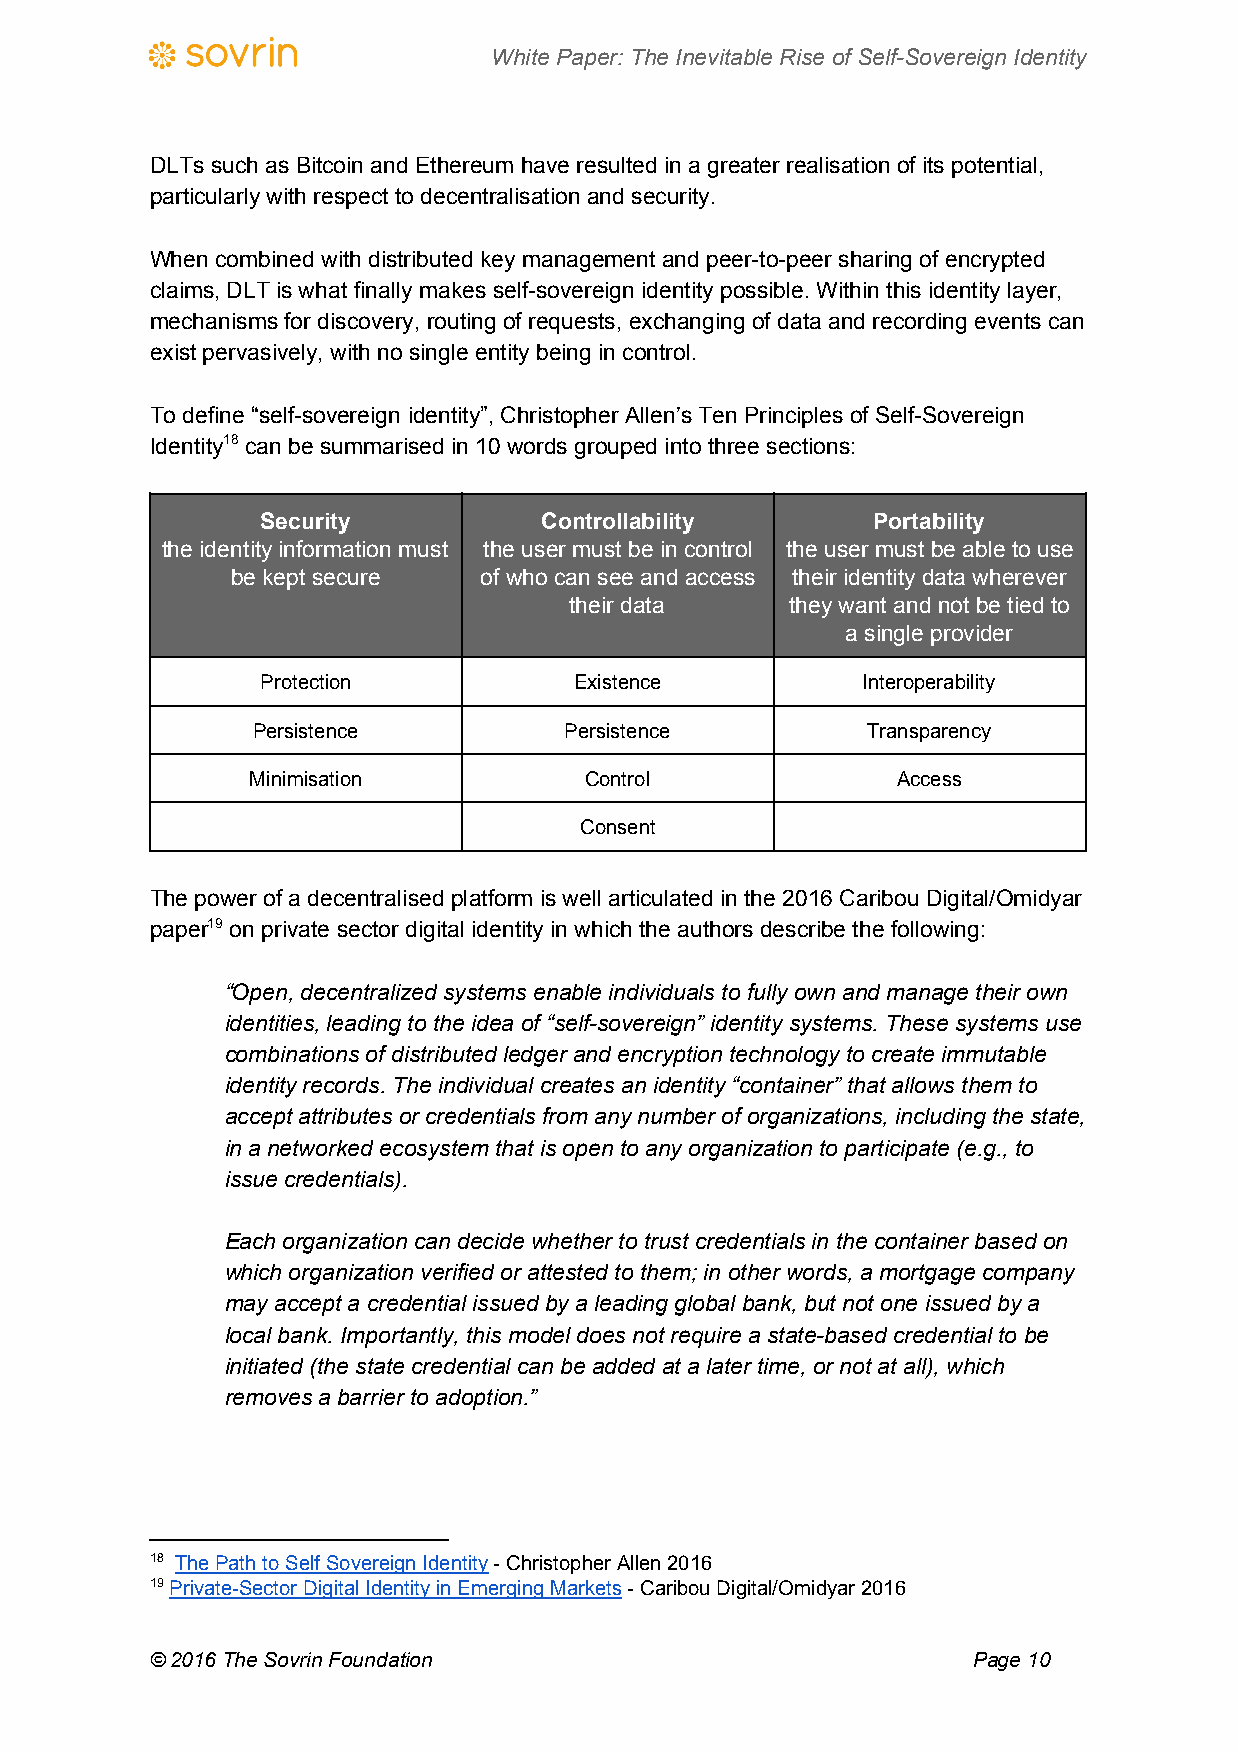
White Paper: The Inevitable Rise of Self-Sovereign Identity
 DLTs such as Bitcoin and Ethereum have resulted in a greater realisation of its potential,
 particularly with respect to decentralisation and security.
 When combined with distributed key management and peer-to-peer sharing of encrypted
 claims, DLT is what finally makes self-sovereign identity possible. Within this identity layer,
 mechanisms for discovery, routing of requests, exchanging of data and recording events can
 exist pervasively, with no single entity being in control.
 To define “self-sovereign identity”, Christopher Allen’s Ten Principles of Self-Sovereign
 Identity18 can be summarised in 10 words grouped into three sections:
 Security           Controllability       Portability
 the identity information must the user must be in control the user must be able to use
 be kept secure   of who can see and access their identity data wherever
 their data    they want and not be tied to
 a single provider
 Protection           Existence          Interoperability
 Persistence         Persistence         Transparency
 Minimisation          Control             Access
 Consent
 The power of a decentralised platform is well articulated in the 2016 Caribou Digital/Omidyar
 paper19 on private sector digital identity in which the authors describe the following:
 “Open, decentralized systems enable individuals to fully own and manage their own
 identities, leading to the idea of “self-sovereign” identity systems. These systems use
 combinations of distributed ledger and encryption technology to create immutable
 identity records. The individual creates an identity “container” that allows them to
 accept attributes or credentials from any number of organizations, including the state,
 in a networked ecosystem that is open to any organization to participate (e.g., to
 issue credentials).
 Each organization can decide whether to trust credentials in the container based on
 which organization verified or attested to them; in other words, a mortgage company
 may accept a credential issued by a leading global bank, but not one issued by a
 local bank. Importantly, this model does not require a state-based credential to be
 initiated (the state credential can be added at a later time, or not at all), which
 removes a barrier to adoption.”
 18 The Path to Self Sovereign Identity - Christopher Allen 2016
 ​                   ​
 19 Private-Sector Digital Identity in Emerging Markets - Caribou Digital/Omidyar 2016
 ​                             ​
 © 2016 The Sovrin Foundation                          Page 10